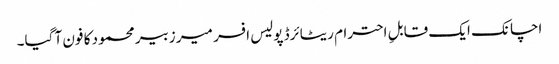
اچانک ایک قابلِ احترام ریٹائرڈ پولیس افسر میر زبیر محمود کا فون آ گیا۔